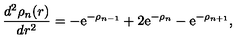
\frac { d ^ { 2 } \rho _ { n } ( r ) } { d r ^ { 2 } } = - \mathrm { e } ^ { - \rho _ { n - 1 } } + 2 \mathrm { e } ^ { - \rho _ { n } } - \mathrm { e } ^ { - \rho _ { n + 1 } } ,